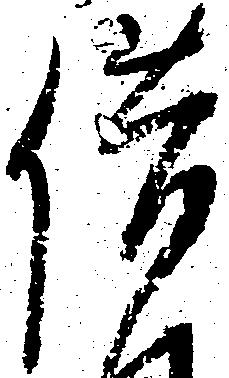
借